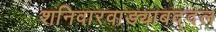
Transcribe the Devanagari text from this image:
शनिवारवाड्याबद्दल